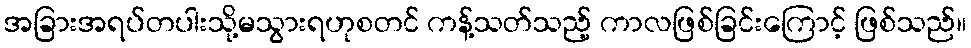
အခြားအရပ်တပါးသို့မသွားရဟုစတင် ကန့်သတ်သည့် ကာလဖြစ်ခြင်းကြောင့် ဖြစ်သည်။